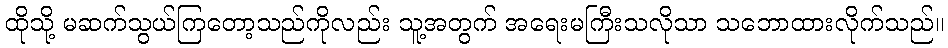
ထိုသို့ မဆက်သွယ်ကြတော့သည်ကိုလည်း သူ့အတွက် အရေးမကြီးသလိုသာ သဘောထားလိုက်သည်။